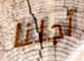
أجلنا